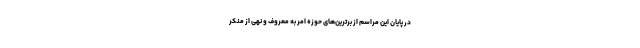
در پایان این مراسم از برترین‌های حوزه امر به معروف و نهی از منکر